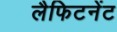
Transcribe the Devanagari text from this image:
लैफिटनेंट